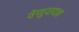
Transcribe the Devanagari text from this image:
वेणुवादन